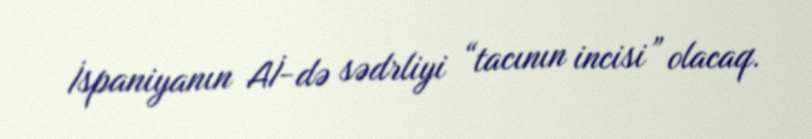
İspaniyanın Aİ-də sədrliyi “tacının incisi” olacaq.